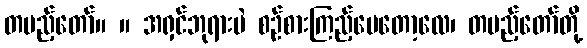
တပည့်တော်။ ။ အရှင်ဘုရားပဲ စဉ်စားကြည့်ပေတော့လေ၊ တပည့်တော်တို့